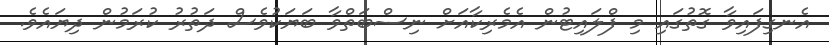
އެނގިފައިވާ ގޮތުގައި މި ފްލައިޓުން އެމެރިކާއަށް ނިސްބަތްވާ ބަޔަކުވެސް ދަތުރު ކުރަމުން ދިޔައެވެ.